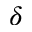
\delta